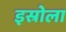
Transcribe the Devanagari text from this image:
इस्रोला